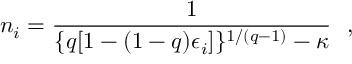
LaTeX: n _ { i } = \frac { 1 } { \{ q [ 1 - ( 1 - q ) \epsilon _ { i } ] \} ^ { 1 / ( q - 1 ) } - \kappa } \ \ ,